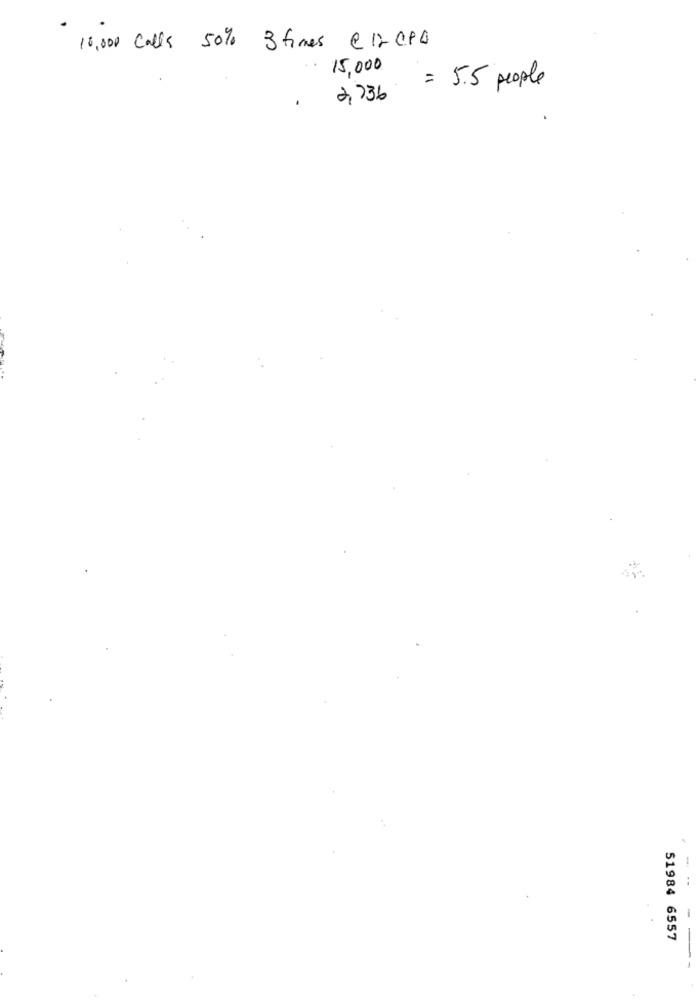
10,000 Calls 50% 3 times @ 12 CPD
15,000
= 5.5 people
-
2,736
-- -
51984 6557
- --